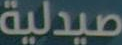
صيدلية